Punjab Mental Hospital Lahore 1932-46 - 1932-1946
Year: 1932
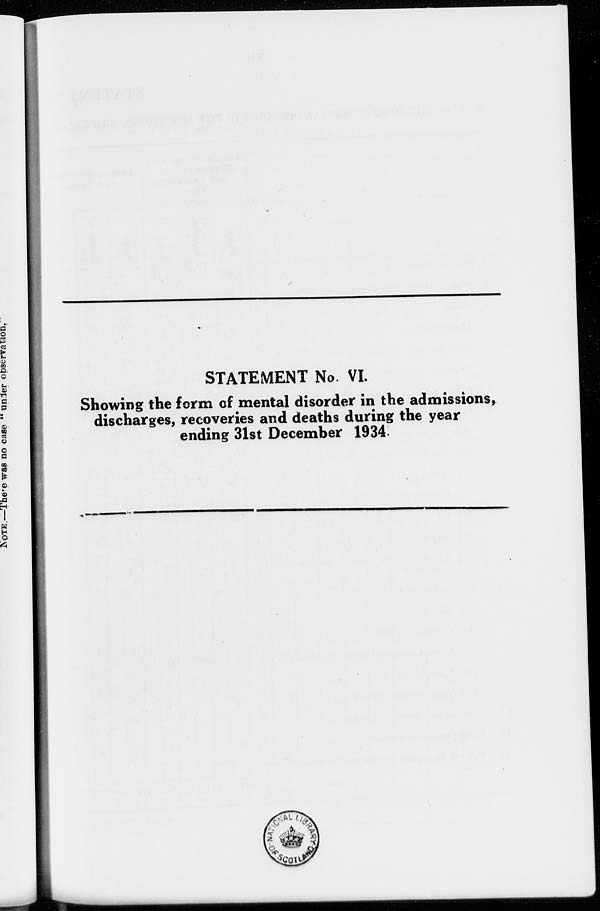
STATEMENT No. VI.
Showing the form of mental disorder in the admissions,
discharges, recoveries and deaths during the year
ending 31st December 1934.